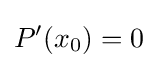
P'(x_{0})=0